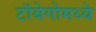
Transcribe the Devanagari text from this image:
टॉबेगोमध्ये